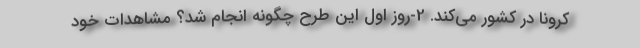
کرونا در کشور می‌کند. 2-روز اول این طرح چگونه انجام شد؟ مشاهدات خود